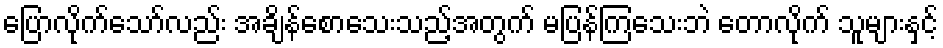
ပြောလိုက်သော်လည်း အချိန်စောသေးသည့်အတွက် မပြန်ကြသေးဘဲ တောလိုက် သူများနှင့်